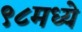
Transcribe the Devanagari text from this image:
९८मध्ये